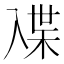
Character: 𰃜